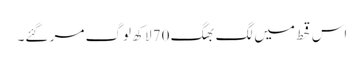
اس قحط میں لگ بھگ 70 لاکھ لوگ مر گئے۔